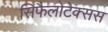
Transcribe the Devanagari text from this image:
सिफैलोटेक्सस